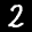
Label: 2